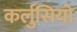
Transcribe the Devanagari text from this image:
कर्लुसियो